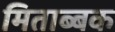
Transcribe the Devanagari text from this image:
मिताब्बक